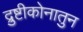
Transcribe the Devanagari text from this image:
द्रुष्टीकोनातुन